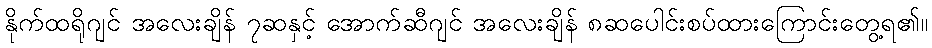
နိုက်ထရိုဂျင် အလေးချိန် ၇ဆနှင့် အောက်ဆီဂျင် အလေးချိန် ၈ဆပေါင်းစပ်ထားကြောင်းတွေ့ရ၏။